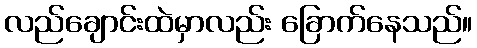
လည်ချောင်းထဲမှာလည်း ခြောက်နေသည်။